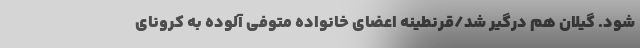
شود. گیلان هم درگیر شد/قرنطینه اعضای خانواده متوفی آلوده به کرونای